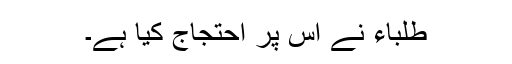
طلباء نے اس پر احتجاج کیا ہے۔